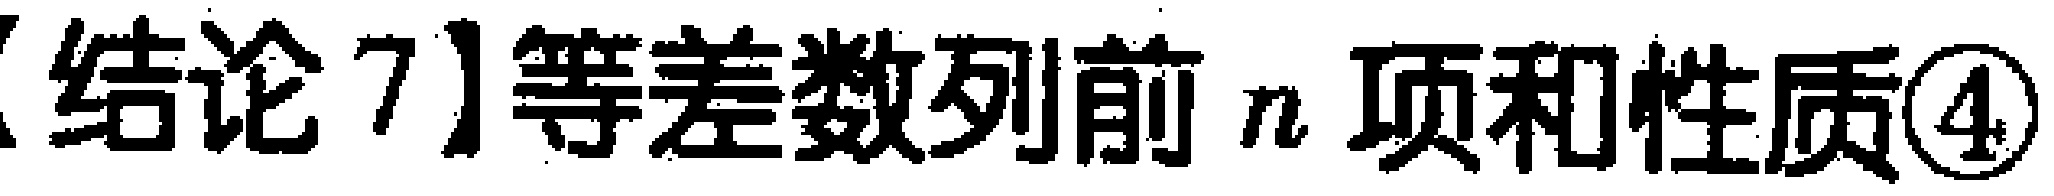
【结论7】等差数列前 \(n\) 项和性质\textcircled{4}